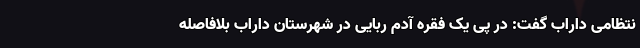
نتظامی داراب گفت: در پی یک فقره آدم ربایی در شهرستان داراب بلافاصله